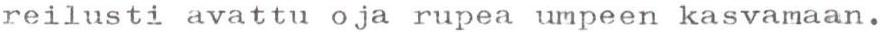
reilusti avattu oja rupea umpeen kasvamaan.